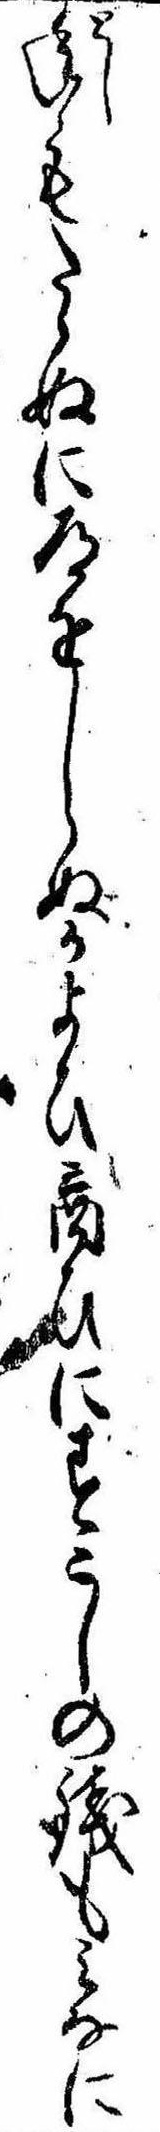
年もたゝぬに道をしらぬかよひ商ひにすこしの銭もみなに